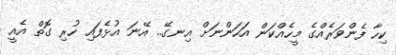
ކިހާ ފެންވަރެއްގެ މީހެއްކަން އަހަންނަށް އިނގޭ.. އޭނަ އުޅެފައި ހުރި ގޮތް އެއީ